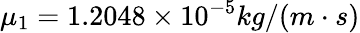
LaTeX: \mu_{1}=1.2048\times 10^{-5}kg/(m\cdot s)